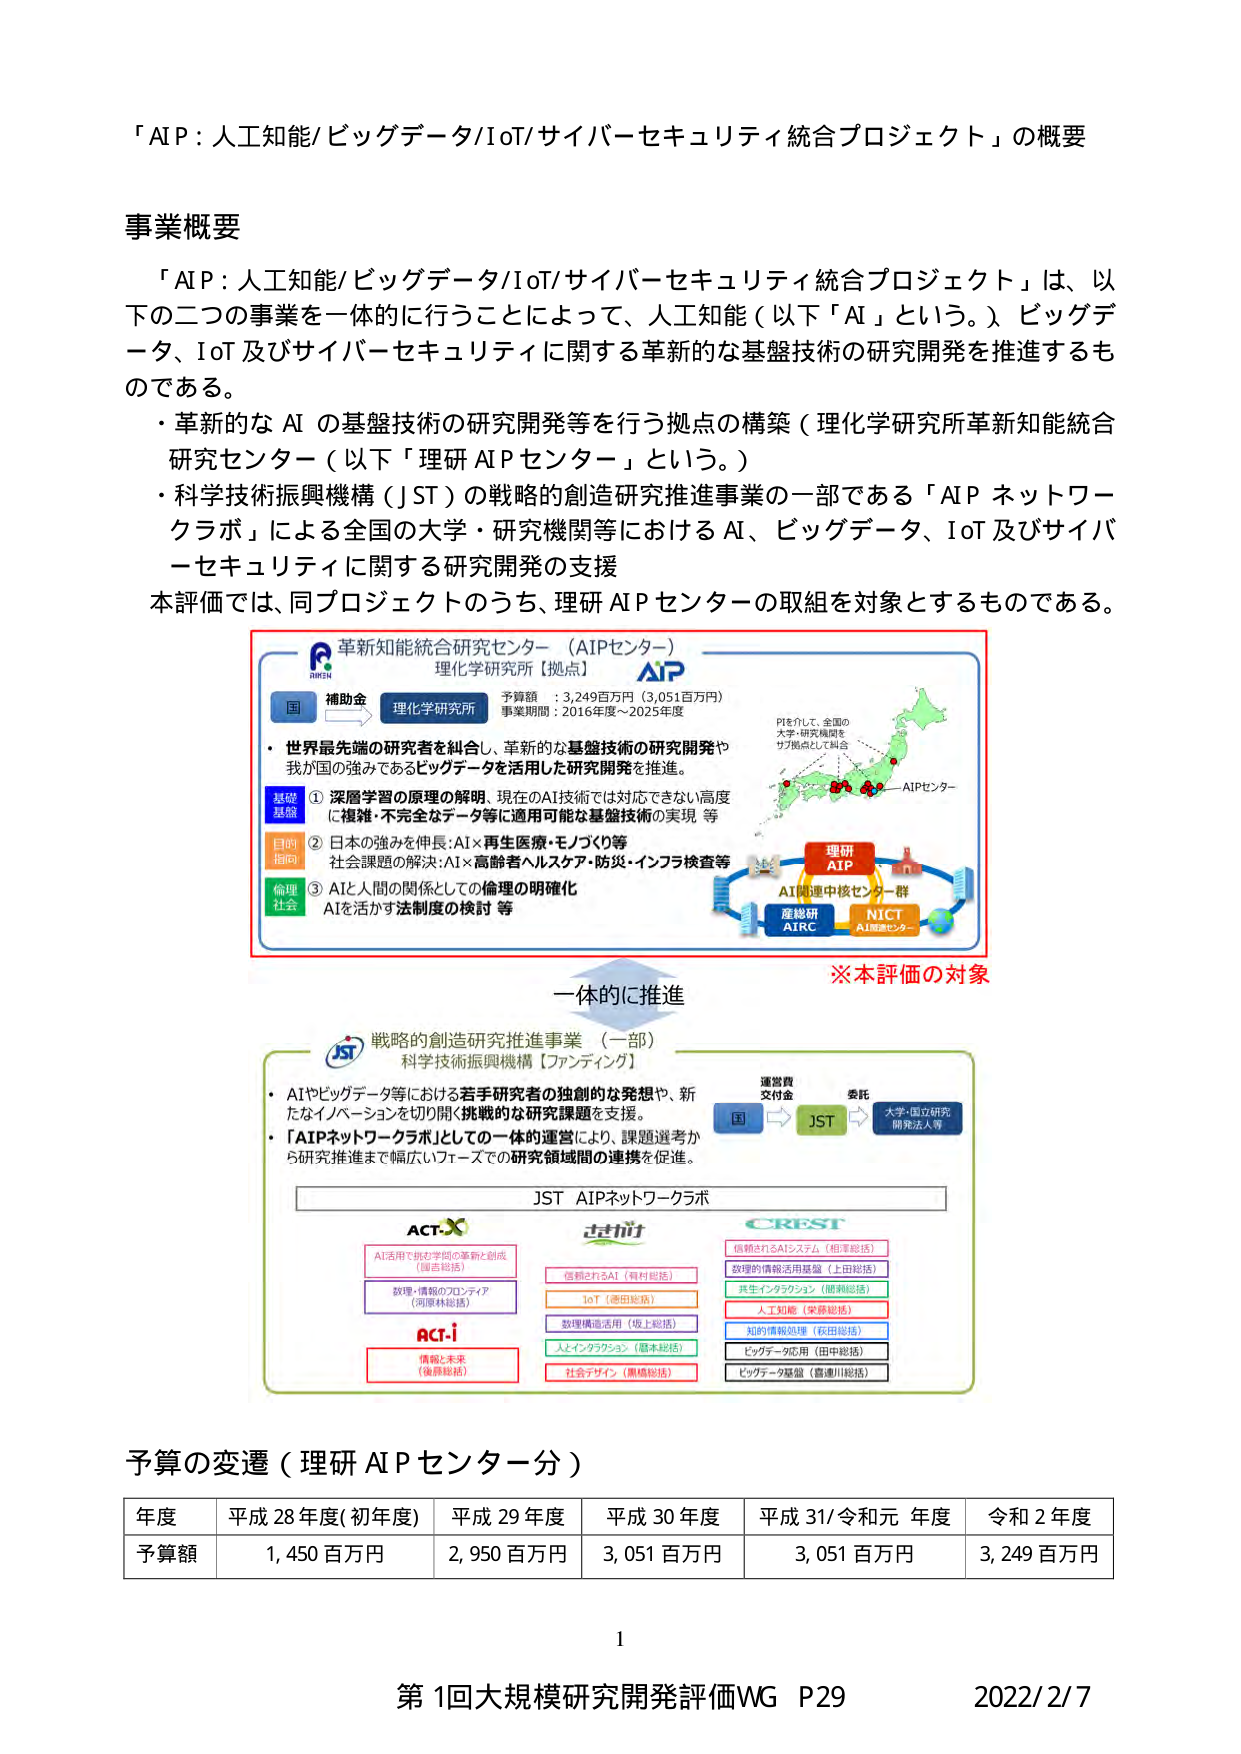
「AIP：人工知能/ビッグデータ/IoT/サイバーセキュリティ統合プロジェクト」の概要

事業概要
「AIP：人工知能/ビッグデータ/IoT/サイバーセキュリティ統合プロジェクト」は、以下の二つの事業を一体的に行うことによって、人工知能（以下「AI」という。）ビッグデータ、IoT及びサイバーセキュリティに関する革新的な基盤技術の研究開発を推進するものである。
・革新的な AI の基盤技術の研究開発等を行う拠点の構築（理化学研究所革新知能統合研究センター（以下「理研AIPセンター」という。））
・科学技術振興機構（JST）の戦略的創造研究推進事業の一部である「AIPネットワーククラボ」による全国の大学・研究機関等におけるAI、ビッグデータ、IoT及びサイバーセキュリティに関する研究開発の支援
本評価では、同プロジェクトのうち、理研AIPセンターの取組を対象とするものである。

革新知能統合研究センター（AIPセンター）
理化学研究所【拠点】
補助金
国 → 理化学研究所
予算額：3,249百万円（3,051百万円）
事業期間：2016年度～2025年度
・世界最先端の研究者を紹介し、革新的な基盤技術の研究開発や我が国の強みであるビッグデータを活用した研究開発を推進。
基礎基盤
① 深層学習の原理の解明、現在のAI技術では対応できない高度に複雑・不完全なデータ等に適用可能な基盤技術の実現 等
目的指向
② 日本の強みを伸長：AI×再生医療・モノづくり等
社会課題の解決：AI×高齢者ヘルスケア・防災・インフラ検査等
倫理社会
③ AIと人間の関係としての倫理の明確化
AIを活かす法制度の検討 等
PEを介して、全国の大学・研究機関をサブ拠点として統合
AIPセンター
理研
AIP
AI関連中核センター群
産総研
AIRC
NICT
AI推進センター
※本評価の対象
一体的に推進

戦略的創造研究推進事業（一部）
科学技術振興機構【ファンドイング】
・AIやビッグデータ等における若手研究者の独創的な発想や、新たなイノベーションを切り開く挑戦的な研究課題を支援。
・「AIPネットワーククラボ」としての一体的運営により、課題選考から研究推進まで幅広いフェーズでの研究領域間の連携を促進。
運営費交付金
国 → JST → 委託 → 大学・国立研究開発法人等
JST AIPネットワーククラボ
ACT-X
AI活用で挑む学問の革新と創成（国吉総括）
数理・情報のフロンティア（河原林総括）
ACT-i
情報と未来（後藤総括）
信頼されるAI（有村総括）
IoT（添田総括）
数理構造活用（坂上総括）
人とインタラクション（藤本総括）
社会デザイン（黒橋総括）
CREST
信頼されるAIシステム（相澤総括）
数理的情報活用基盤（上田総括）
共生インタラクション（関瀬総括）
人工知能（実験総括）
知的情報処理（萩田総括）
ビッグデータ応用（田中総括）
ビッグデータ基盤（喜連川総括）

予算の変遷（理研AIPセンター分）
年度 平成28年度(初年度) 平成29年度 平成30年度 平成31/令和元年度 令和2年度
予算額 1,450百万円 2,950百万円 3,051百万円 3,051百万円 3,249百万円

1
第1回大規模研究開発評価WG P29 2022/2/7